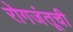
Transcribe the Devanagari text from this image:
रोगजंतूची